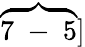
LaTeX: \overbrace{7\mathrm{~-~}5}]